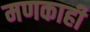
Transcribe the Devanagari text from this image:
मणकाही